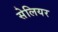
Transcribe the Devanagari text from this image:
सेलियर